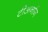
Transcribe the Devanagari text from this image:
टीअर्नान